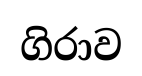
ගිරාව